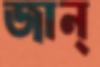
জান্